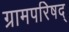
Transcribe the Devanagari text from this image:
ग्रामपरिषद्